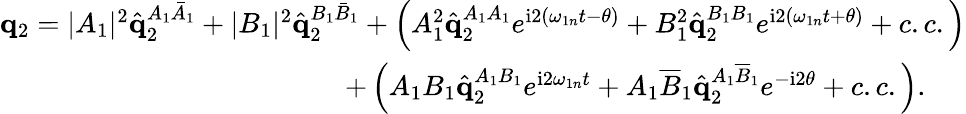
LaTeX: \begin{array}{r}{\mathbf{q}_{2}=|A_{1}|^{2}\hat{\mathbf{q}}_{2}^{A_{1}\bar{A}_{1}}+|B_{1}|^{2}\hat{\mathbf{q}}_{2}^{B_{1}\bar{B}_{1}}+\left(A_{1}^{2}\hat{\mathbf{q}}_{2}^{A_{1}A_{1}}e^{\mathrm{i}2\left(\omega_{1n}t-\theta\right)}+B_{1}^{2}\hat{\mathbf{q}}_{2}^{B_{1}B_{1}}e^{\mathrm{i}2\left(\omega_{1n}t+\theta\right)}+c.c.\right)}\\ {+\left(A_{1}B_{1}\hat{\mathbf{q}}_{2}^{A_{1}B_{1}}e^{\mathrm{i}2\omega_{1n}t}+A_{1}\overline{{B}}_{1}\hat{\mathbf{q}}_{2}^{A_{1}\overline{{B}}_{1}}e^{-\mathrm{i}2\theta}+c.c.\right).\ \ \ \ \ }\end{array}